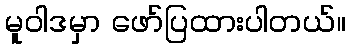
မူဝါဒမှာ ဖော်ပြထားပါတယ်။